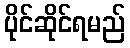
ပိုင်ဆိုင်ရမည်